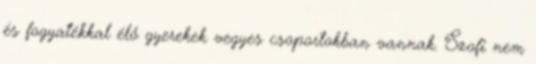
és fogyatékkal élő gyerekek vegyes csoportokban vannak. Szofi nem